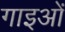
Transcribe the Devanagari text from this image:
गाइओं